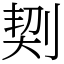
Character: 㓶